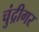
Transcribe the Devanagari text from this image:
चुंद्रीगर